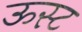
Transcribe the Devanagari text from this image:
ऊस्ट